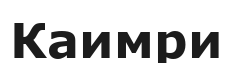
Каимри